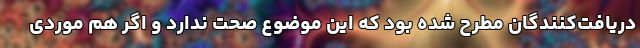
دریافت‌کنندگان مطرح شده بود که این موضوع صحت ندارد و اگر هم موردی